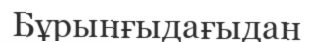
Бұрынғыдағыдан